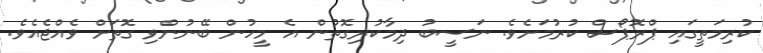
ކުރިމަތީގައި ޕްރޮޕޯސް ކުރުމަށެވެ. ނަސީބު ދިމާކުރިގޮތުން އެ މީހުން ބޭނުންވި ގޮތަށް ވެއްޖެއެވެ.